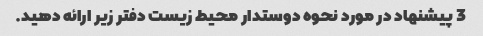
3 پیشنهاد در مورد نحوه دوستدار محیط زیست دفتر زیر ارائه دهید.